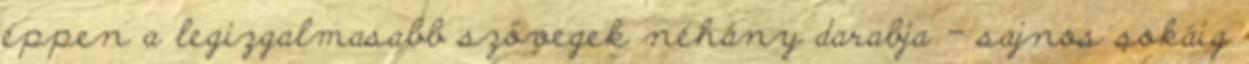
éppen a legizgalmasabb szövegek néhány darabja - sajnos sokáig